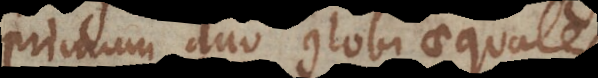
primum duo globi aequales